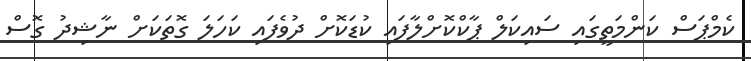
ކެމްޕަސް ކަންމަތީގައި ސައިކަލް ޕާކްކޮށްލާފައި ކުޑަކޮށް ދުވެފައި ކަހަލަ ގޮތަކަށް ނާޝިދު ގޮސް